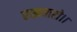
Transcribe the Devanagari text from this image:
रखवारो।।